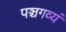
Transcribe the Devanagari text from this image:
पञ्चगव्यं